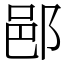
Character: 𨛗